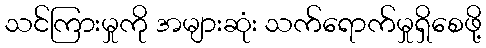
သင်ကြားမှုကို အများဆုံး သက်ရောက်မှုရှိစေဖို့